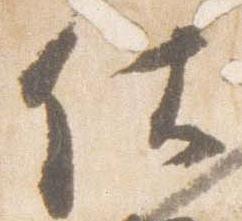
仕